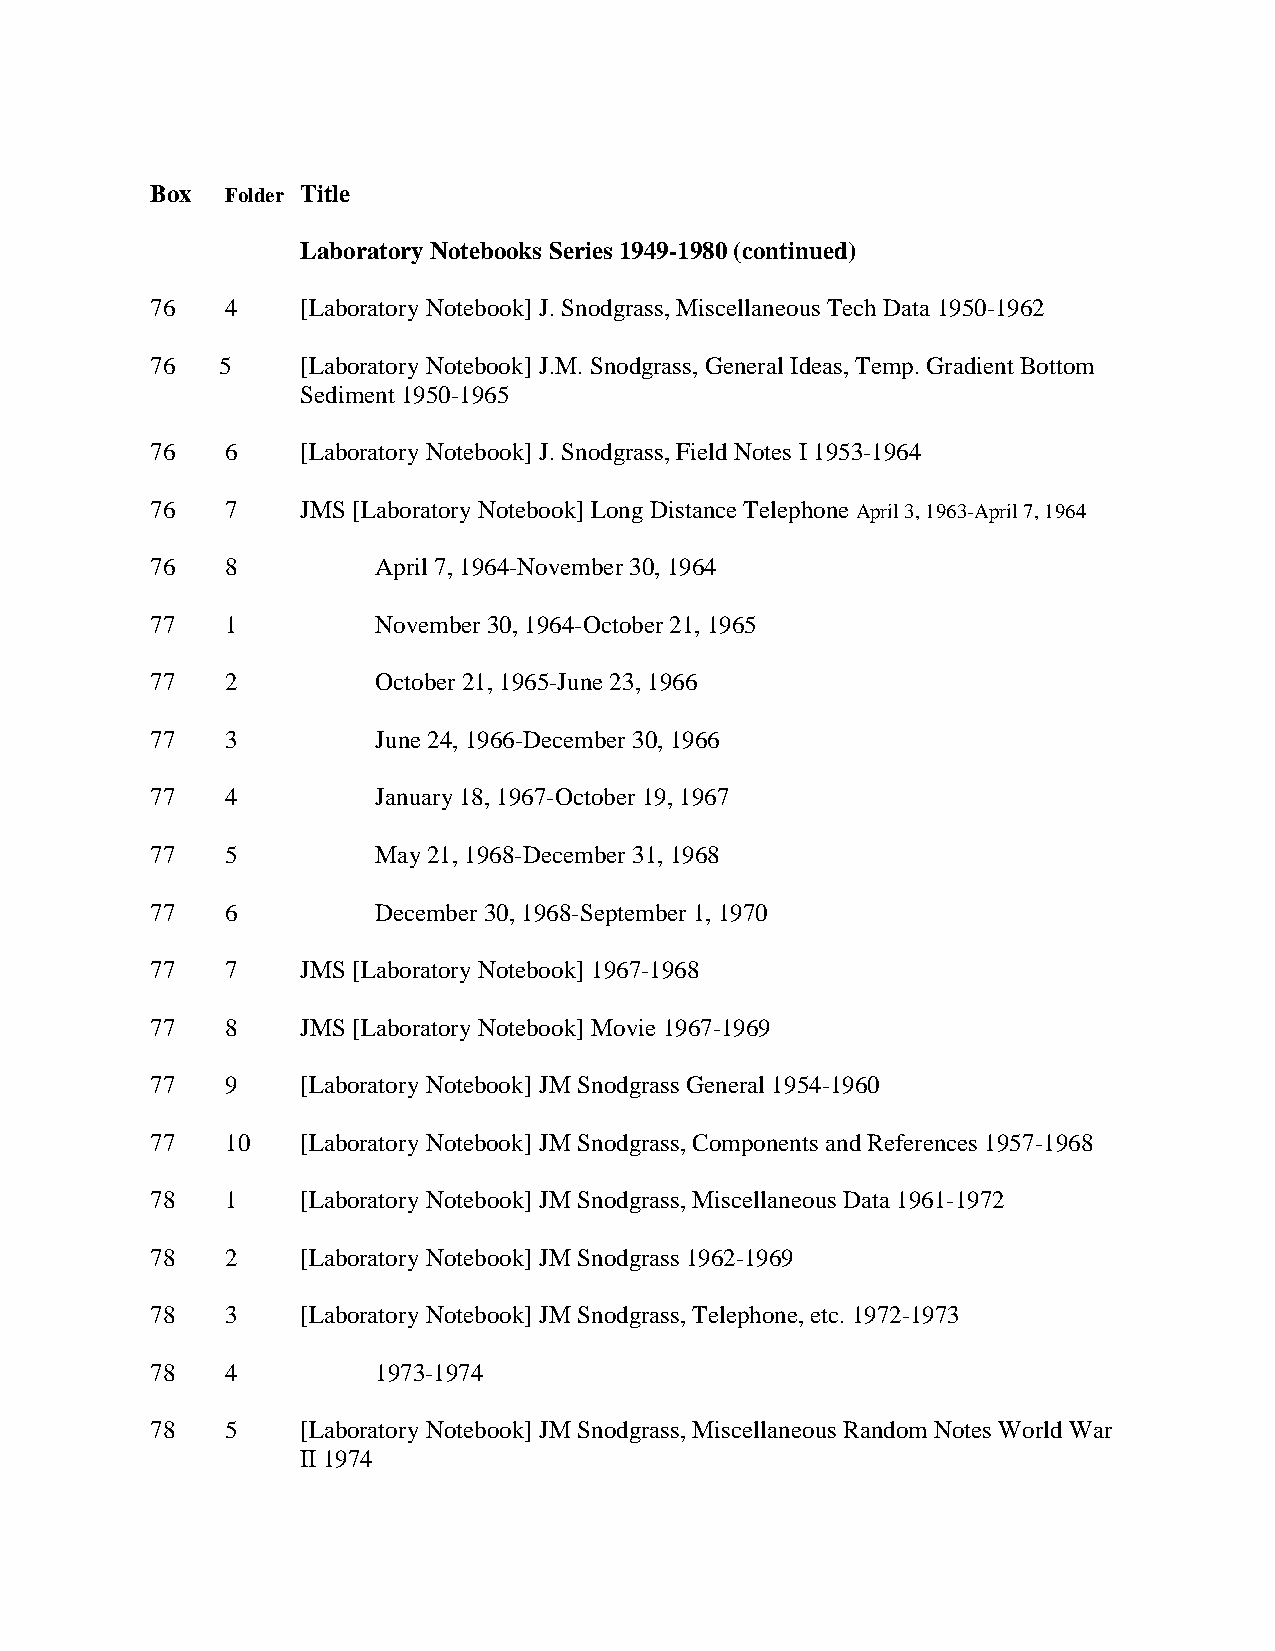
Box  Folder Title
 Laboratory Notebooks Series 1949-1980 (continued)
 76   4    [Laboratory Notebook] J. Snodgrass, Miscellaneous Tech Data 1950-1962
 76  5     [Laboratory Notebook] J.M. Snodgrass, General Ideas, Temp. Gradient Bottom
 Sediment 1950-1965
 76   6    [Laboratory Notebook] J. Snodgrass, Field Notes I 1953-1964
 76   7    JMS [Laboratory Notebook] Long Distance Telephone April 3, 1963-April 7, 1964
 76   8         April 7, 1964-November 30, 1964
 77   1         November 30, 1964-October 21, 1965
 77   2         October 21, 1965-June 23, 1966
 77   3         June 24, 1966-December 30, 1966
 77   4         January 18, 1967-October 19, 1967
 77   5         May 21, 1968-December 31, 1968
 77   6         December 30, 1968-September 1, 1970
 77   7    JMS [Laboratory Notebook] 1967-1968
 77   8    JMS [Laboratory Notebook] Movie 1967-1969
 77   9    [Laboratory Notebook] JM Snodgrass General 1954-1960
 77   10   [Laboratory Notebook] JM Snodgrass, Components and References 1957-1968
 78   1    [Laboratory Notebook] JM Snodgrass, Miscellaneous Data 1961-1972
 78   2    [Laboratory Notebook] JM Snodgrass 1962-1969
 78   3    [Laboratory Notebook] JM Snodgrass, Telephone, etc. 1972-1973
 78   4         1973-1974
 78   5    [Laboratory Notebook] JM Snodgrass, Miscellaneous Random Notes World War
 II 1974